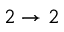
2 \to 2